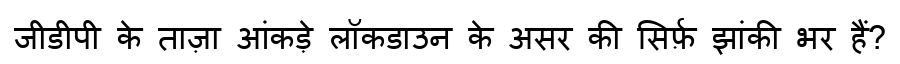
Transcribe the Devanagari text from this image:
जीडीपी के ताज़ा आंकड़े लॉकडाउन के असर की सिर्फ़ झांकी भर हैं?